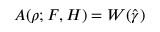
A ( \rho ; F , H ) = W ( \hat { \gamma } )